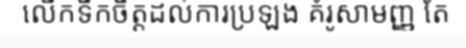
លើកទឹកចិត្តដល់ការប្រឡង គំរូសាមញ្ញ តែ